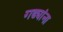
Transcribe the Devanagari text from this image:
गढ्यांना